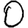
Digit: 0